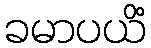
ခမာပယိံ